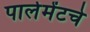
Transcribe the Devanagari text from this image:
पार्लमेंटचे